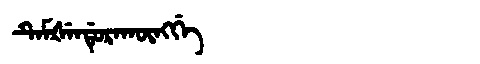
Manchu: ᡨᡝᠮᡧᡝᠨᡩᡠᡵᠠᡴᡡᠩᡤᡝ
Romanization: TEMŠENDURAKŪNGGE